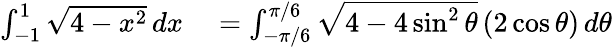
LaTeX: \begin{array}{rl}{\int_{-1}^{1}{\sqrt{4-x^{2}}}\, dx}&{{}=\int_{-\pi/6}^{\pi/6}{\sqrt{4-4\sin^{2}\theta}}\, (2\cos\theta)\, d\theta}\end{array}